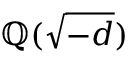
\mathbb { Q } ( { \sqrt { - d } } )